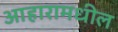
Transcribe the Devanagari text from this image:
आहारामधील